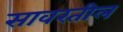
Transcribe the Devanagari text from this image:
सावरतील